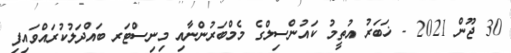
30 ޖޫން 2021 - ޚަބަރު އުތީމު ކައުންސިލްގެ މެމްބަރުންނާއި މިނިސްޓަރ ބައްދަލުކުރައްވައިފި